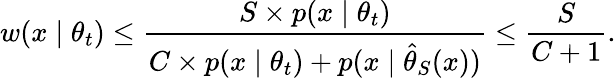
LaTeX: w(x\mid\theta_{t})\le\frac{S\times p(x\mid\theta_{t})}{C\times p(x\mid\theta_{t})+p(x\mid\hat{\theta}_{S}(x))}\le\frac{S}{C+1}.